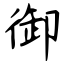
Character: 御